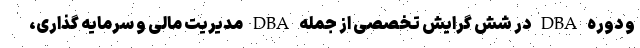
و دوره DBA در شش گرایش تخصصی از جمله DBA مدیریت مالی و سرمایه گذاری،